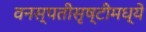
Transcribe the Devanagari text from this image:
वनस्पतीसृष्टीमध्ये